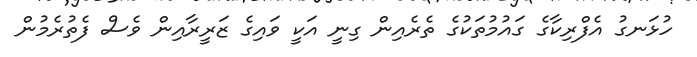
ހުޅަނގު އެފްރިކާގެ ގައުމުތަކުގެ ތެރެއިން ގިނީ އަކީ ވައިގެ ޒަރީރާއިން ވެސް ފެތުރެމުން